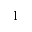
1